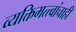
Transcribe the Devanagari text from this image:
व्यक्तिमत्त्वांचाही